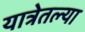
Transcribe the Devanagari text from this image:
यात्रेतल्या